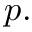
p .